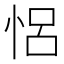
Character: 𢙲